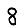
Digit: 8